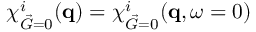
\chi _ { \vec { G } = 0 } ^ { i } ( \mathbf { q } ) = \chi _ { \vec { G } = 0 } ^ { i } ( \mathbf { q } , \omega = 0 )